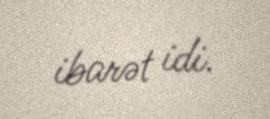
ibarət idi.